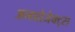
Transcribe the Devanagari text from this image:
अनप्रोजेक्ट्स